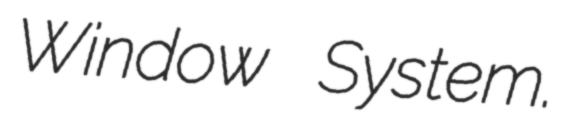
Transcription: Window System.